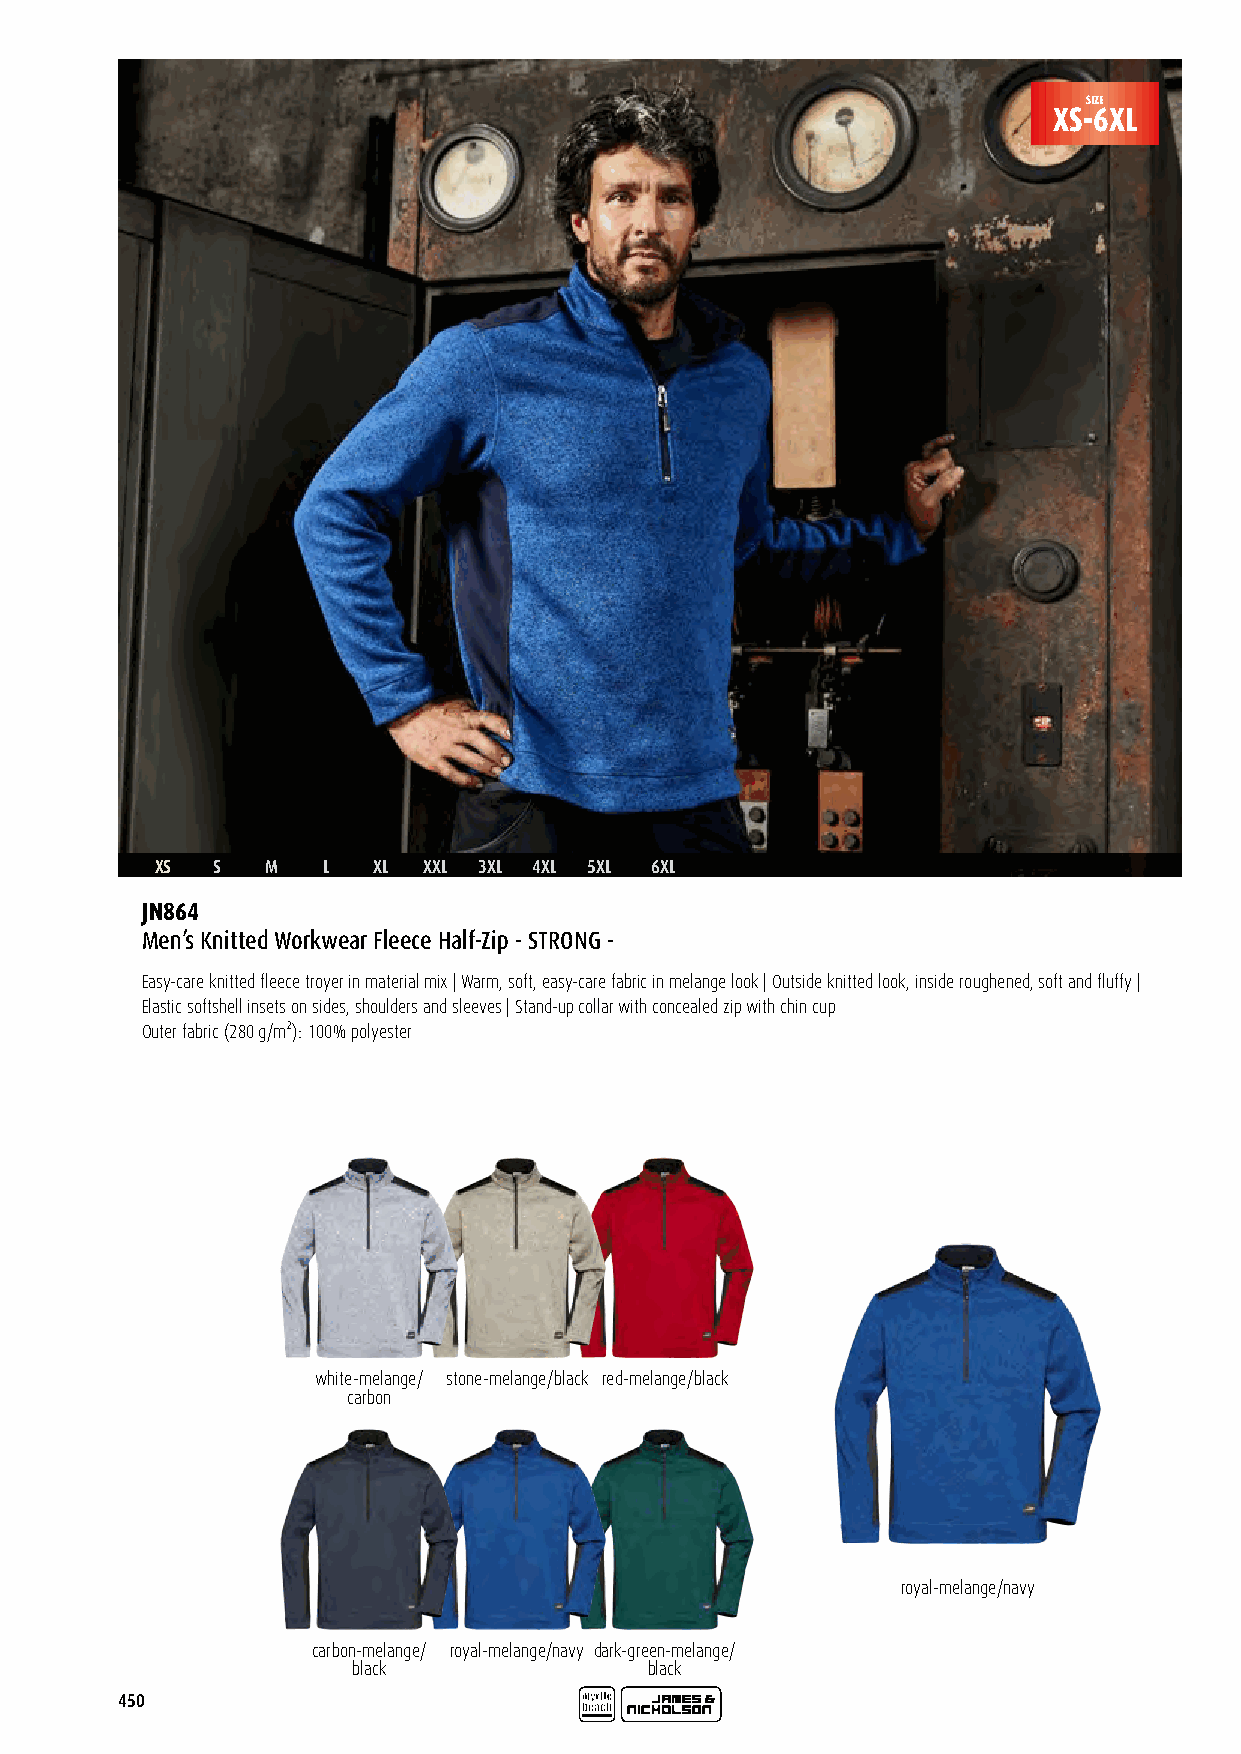
SIZE
 XS-6XL
 XS  S   M  L   XL XXL 3XL 4XL 5XL 6XL
 JN864
 Men’s Knitted Workwear Fleece Half-Zip - STRONG -
 Easy-care knitted fleece troyer in material mix | Warm, soft, easy-care fabric in melange look | Outside knitted look, inside roughened, soft and fluffy |
 Elastic softshell insets on sides, shoulders and sleeves | Stand-up collar with concealed zip with chin cup
 Outer fabric (280 g/m²): 100% polyester
 white-melange/ stone-melange/black red-melange/black
 carbon
 royal-melange/navy
 carbon-melange/ royal-melange/navy dark-green-melange/
 black               black
 450